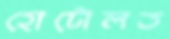
হোটোলত